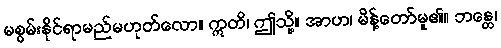
မစွမ်းနိုင်ရာမည်မဟုတ်လော။ ဣတိ၊ ဤသို့။ အာဟ၊ မိန့်တော်မူ၏။ ဘန္တေ၊